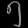
Digit: ၅